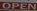
OPEN